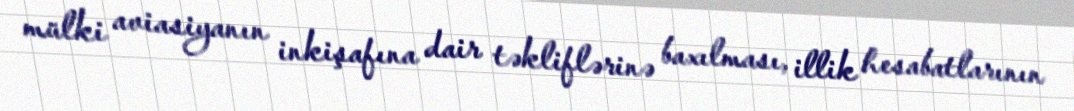
mülki aviasiyanın inkişafına dair təkliflərinə baxılması, illik hesabatlarının